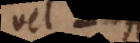
vel A